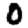
Digit: 0